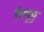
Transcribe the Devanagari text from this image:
तेलूगु